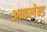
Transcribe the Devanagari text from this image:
आकलेन्ड